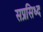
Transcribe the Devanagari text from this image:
सप्रसिध्द